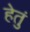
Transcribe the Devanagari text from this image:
हेतुं